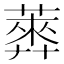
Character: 𦻣